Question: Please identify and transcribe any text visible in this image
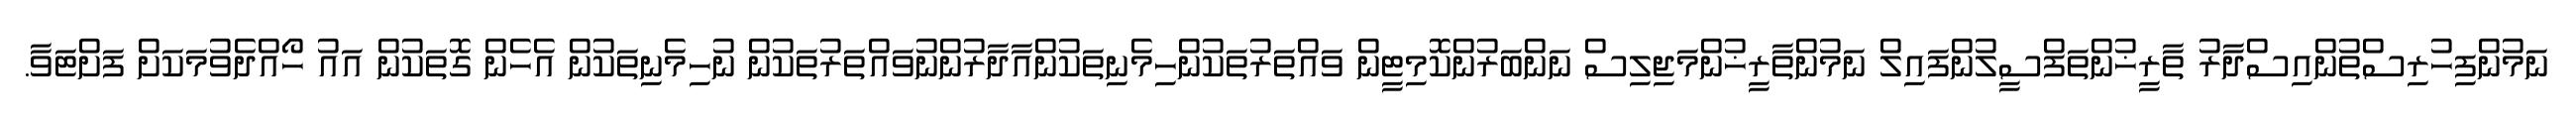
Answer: ނަމުންފިހުރިސްތުންއިސްދާރު ތާރީޚުންތަފްސީލުންފައިލް ނަމުންތާރީޚުންމަޖިލިސް ނަންބަރުންކޮމިޓީން ވައްތަރުތަކުންހިމެނިތަކުންއާދާރުންނުވައްތަރުތަކުން ނުހިމެނިތަކުން އެހެން ގޮތަކުން އައު ހޯއްދެވުމަކަށް ފަށްޓަވާ.